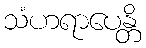
သံဟရာပေန္တိ